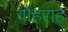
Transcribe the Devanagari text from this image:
चौहराहे